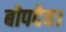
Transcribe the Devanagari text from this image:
बोपदेव।